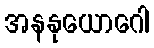
အနနုယောဂေါ